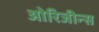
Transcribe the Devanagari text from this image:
ओरिजीन्स